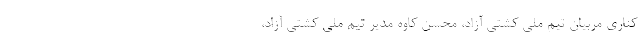
کناری مربیان تیم ملی کشتی آزاد، محسن کاوه مدیر تیم ملی کشتی آزاد،